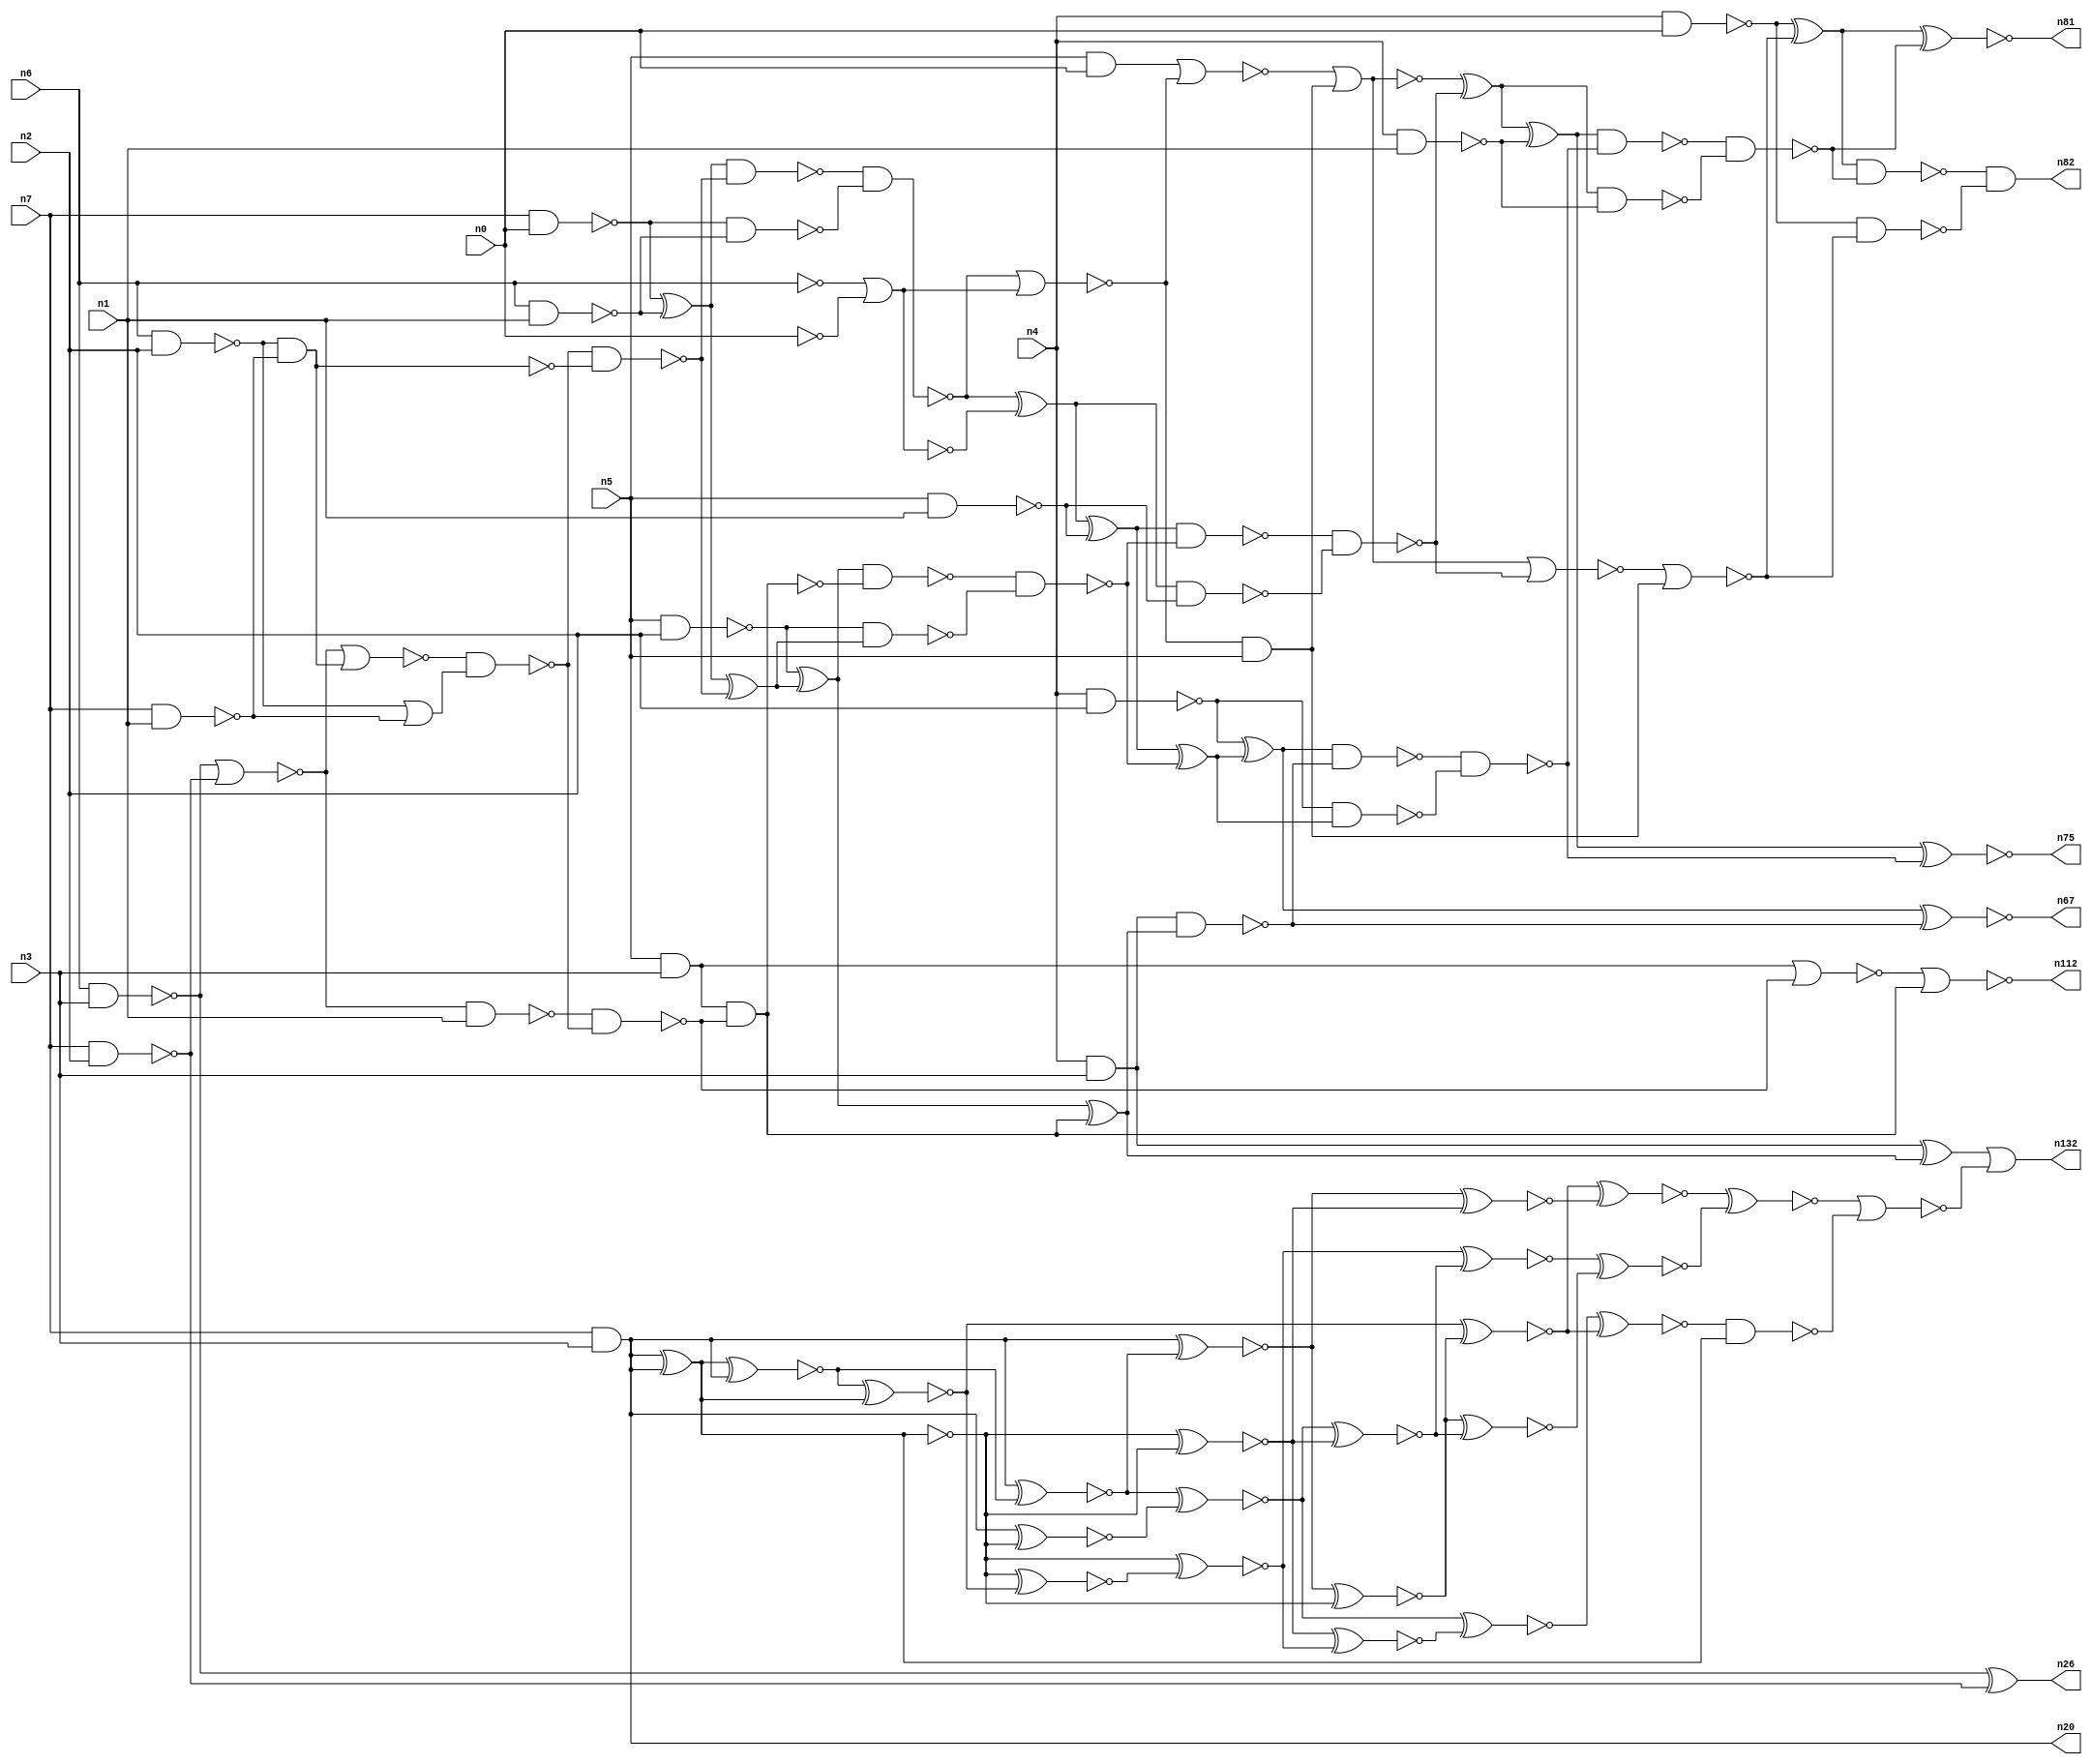
// This file contains a pareto-optimal circuit with respect to pdp and the fault-resilince parameter p_fault which is defined as:
// "For all input vectors, the ratio of the no. of faults observable at the POs to the no. of total possible faults in the circuit".
// This code is part of the ReCkt library (https://github.com/umar-afzaal/ReCkt) distributed under The MIT License.
// When used, please cite the following article(s):
// U. Afzaal, A.S. Hassan, M. Usman and J.A. Lee, "On the Evolutionary Synthesis of Increased Fault-resilience Arithmetic Circuits".

// p_fault = 67.5 %    (Lower is better)
// gates = 106.0
// levels = 17
// area = 139.8    (For MCNC library relative to nand2)
// power = 845.0 uW    (Berkely-SIS for MCNC library @ Vdd=5V and 20 MHz clock)
// delay = 23.3 ns    (Berkely-ABC for MCNC library)
// PDP = 1.96885e-11 J

// Pin mapping:
// {n0, n1, n2, n3} = A[3:0]
// {n4, n5, n6, n7} = B[3:0]
// {n82, n81, n75, n67, n132, n112, n26, n20} = O[7:0]

module mult4u_pdp_34 (
n0, n1, n2, n3, n4, n5, n6, n7, 
n82, n81, n75, n67, n132, n112, n26, n20
);

input n0, n1, n2, n3, n4, n5, n6, n7;
output n82, n81, n75, n67, n132, n112, n26, n20;
wire n95, n16, n73, n77, n113, n41, n40, n38, n78, n76, n106, n46, n50, n51, n83, n15, n114, n66, n111, n36, 
n35, n18, n99, n32, n13, n21, n103, n64, n92, n94, n57, n65, n90, n33, n10, n17, n70, n93, n96, n97, 
n109, n61, n19, n58, n68, n24, n74, n44, n62, n60, n28, n89, n91, n59, n80, n100, n27, n105, n79, n69, 
n104, n45, n71, n98, n25, n14, n43, n8, n88, n126, n86, n39, n34, n37, n31, n42, n48, n52, n56, n54, 
n12, n63, n30, n22, n110, n85, n11, n49, n29, n9, n72, n47, n55, n53, n23, n87, n102, n84;

not (n8, n0);
nand (n9, n6, n2);
nand (n10, n5, n1);
nand (n11, n4, n2);
nand (n12, n7, n2);
nand (n13, n4, n0);
nand (n14, n7, n1);
and (n15, n5, n0);
nand (n16, n4, n3);
nand (n17, n6, n3);
and (n18, n5, n3);
nand (n19, n6, n1);
and (n20, n7, n3);
nand (n21, n4, n1);
not (n22, n6);
nand (n23, n7, n0);
nand (n24, n5, n2);
xor (n25, n23, n19);
xor (n26, n17, n12);
and (n27, n9, n14);
or (n28, n9, n14);
nand (n29, n23, n19);
not (n30, n16);
nor (n31, n22, n8);
nor (n32, n17, n12);
not (n33, n27);
nor (n34, n32, n27);
not (n35, n31);
nand (n36, n32, n1);
nand (n37, n34, n28);
nand (n38, n36, n37);
nand (n39, n37, n33);
nand (n40, n18, n38);
nor (n41, n18, n38);
nand (n42, n25, n39);
xor (n43, n25, n39);
nand (n44, n24, n43);
xor (n45, n24, n43);
nand (n46, n42, n29);
not (n47, n40);
xor (n48, n45, n47);
nand (n49, n45, n40);
xor (n50, n46, n31);
nor (n51, n41, n47);
nor (n52, n46, n35);
nor (n53, n15, n52);
xor (n54, n50, n10);
nand (n55, n50, n10);
xor (n56, n30, n48);
and (n57, n52, n5);
nand (n58, n30, n48);
nand (n59, n49, n44);
xor (n60, n54, n59);
nand (n61, n54, n59);
nor (n62, n53, n57);
not (n63, n62);
nand (n64, n11, n60);
xor (n65, n11, n60);
nand (n66, n61, n55);
xnor (n67, n65, n58);
nor (n68, n63, n66);
xor (n69, n62, n66);
nand (n70, n65, n58);
xor (n71, n69, n21);
nand (n72, n69, n21);
nand (n73, n70, n64);
nor (n74, n68, n57);
xnor (n75, n71, n73);
nand (n76, n71, n73);
xor (n77, n13, n74);
nand (n78, n13, n74);
nand (n79, n76, n72);
nand (n80, n77, n79);
xnor (n81, n77, n79);
and (n82, n80, n78);
xnor (n83, n20, n20);
xnor (n84, n20, n20);
xnor (n85, n20, n20);
xor (n86, n20, n20);
xnor (n87, n20, n85);
xnor (n88, n86, n20);
xnor (n89, n20, n20);
xnor (n90, n20, n88);
xnor (n91, n88, n86);
xnor (n92, n20, n90);
xnor (n93, n92, n84);
xnor (n94, n84, n89);
xnor (n95, n83, n91);
xnor (n96, n89, n83);
xnor (n97, n85, n95);
xnor (n98, n90, n87);
xnor (n99, n92, n96);
xnor (n100, n94, n97);
xnor (n102, n98, n100);
xnor (n103, n98, n96);
xnor (n104, n91, n93);
xnor (n105, n93, n103);
xnor (n106, n97, n103);
xnor (n109, n106, n105);
xnor (n110, n104, n99);
xnor (n111, n102, n104);
and (n112, n51, n51);
xnor (n113, n110, n109);
nand (n114, n111, n86);
nor (n126, n113, n114);
or (n132, n56, n126);

endmodule